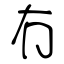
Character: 冇